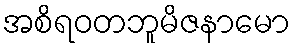
အစိရဝတဘူမိဇနာမော